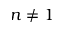
n \ne 1